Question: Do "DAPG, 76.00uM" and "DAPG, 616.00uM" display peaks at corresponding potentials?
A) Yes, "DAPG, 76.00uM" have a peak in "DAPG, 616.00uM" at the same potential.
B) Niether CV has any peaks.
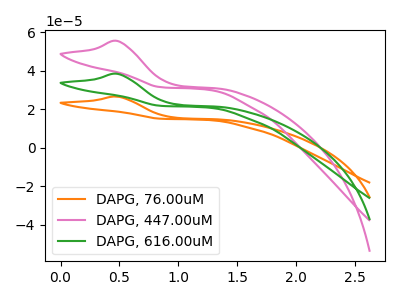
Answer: <think>The orange curve "DAPG, 76.00uM" has an anodic peak at: (0.50V, 26.65uA). The pink curve "DAPG, 447.00uM" has an anodic peak at: (0.50V, 77.00uA). The green curve "DAPG, 616.00uM" has an anodic peak at: (0.50V, 38.50uA).</think>
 <answer>A) Yes, "DAPG, 76.00uM" have a peak in "DAPG, 616.00uM" at the same potential.</answer>
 <eval>A</eval>